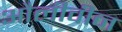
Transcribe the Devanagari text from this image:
औलीवीन